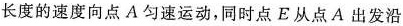
长度的速度向点A匀速运动，同时点E从点A出发沿